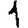
Digit: 1